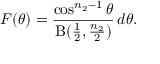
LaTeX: F ( \theta ) = { \frac { \cos ^ { n _ { 2 } - 1 } \theta } { \mathrm { B } ( { \frac { 1 } { 2 } } , { \frac { n _ { 2 } } { 2 } } ) } } \, d \theta .